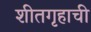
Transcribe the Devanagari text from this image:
शीतगृहाची